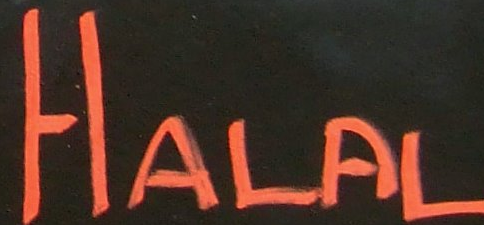
HALAL